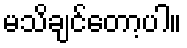
မသိချင်တော့ပါ။